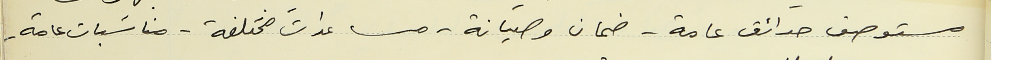
مستوصف حدائق عامة - ضمان وصيانة - مساعدات مختلفة - مناسبات عامة -